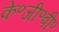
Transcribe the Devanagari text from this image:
के॰जी॰बी॰